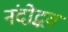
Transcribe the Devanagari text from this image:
नंदोद्भव